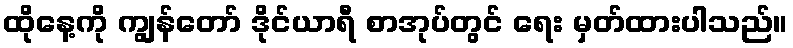
ထိုနေ့ကို ကျွန်တော် ဒိုင်ယာရီ စာအုပ်တွင် ရေး မှတ်ထားပါသည်။